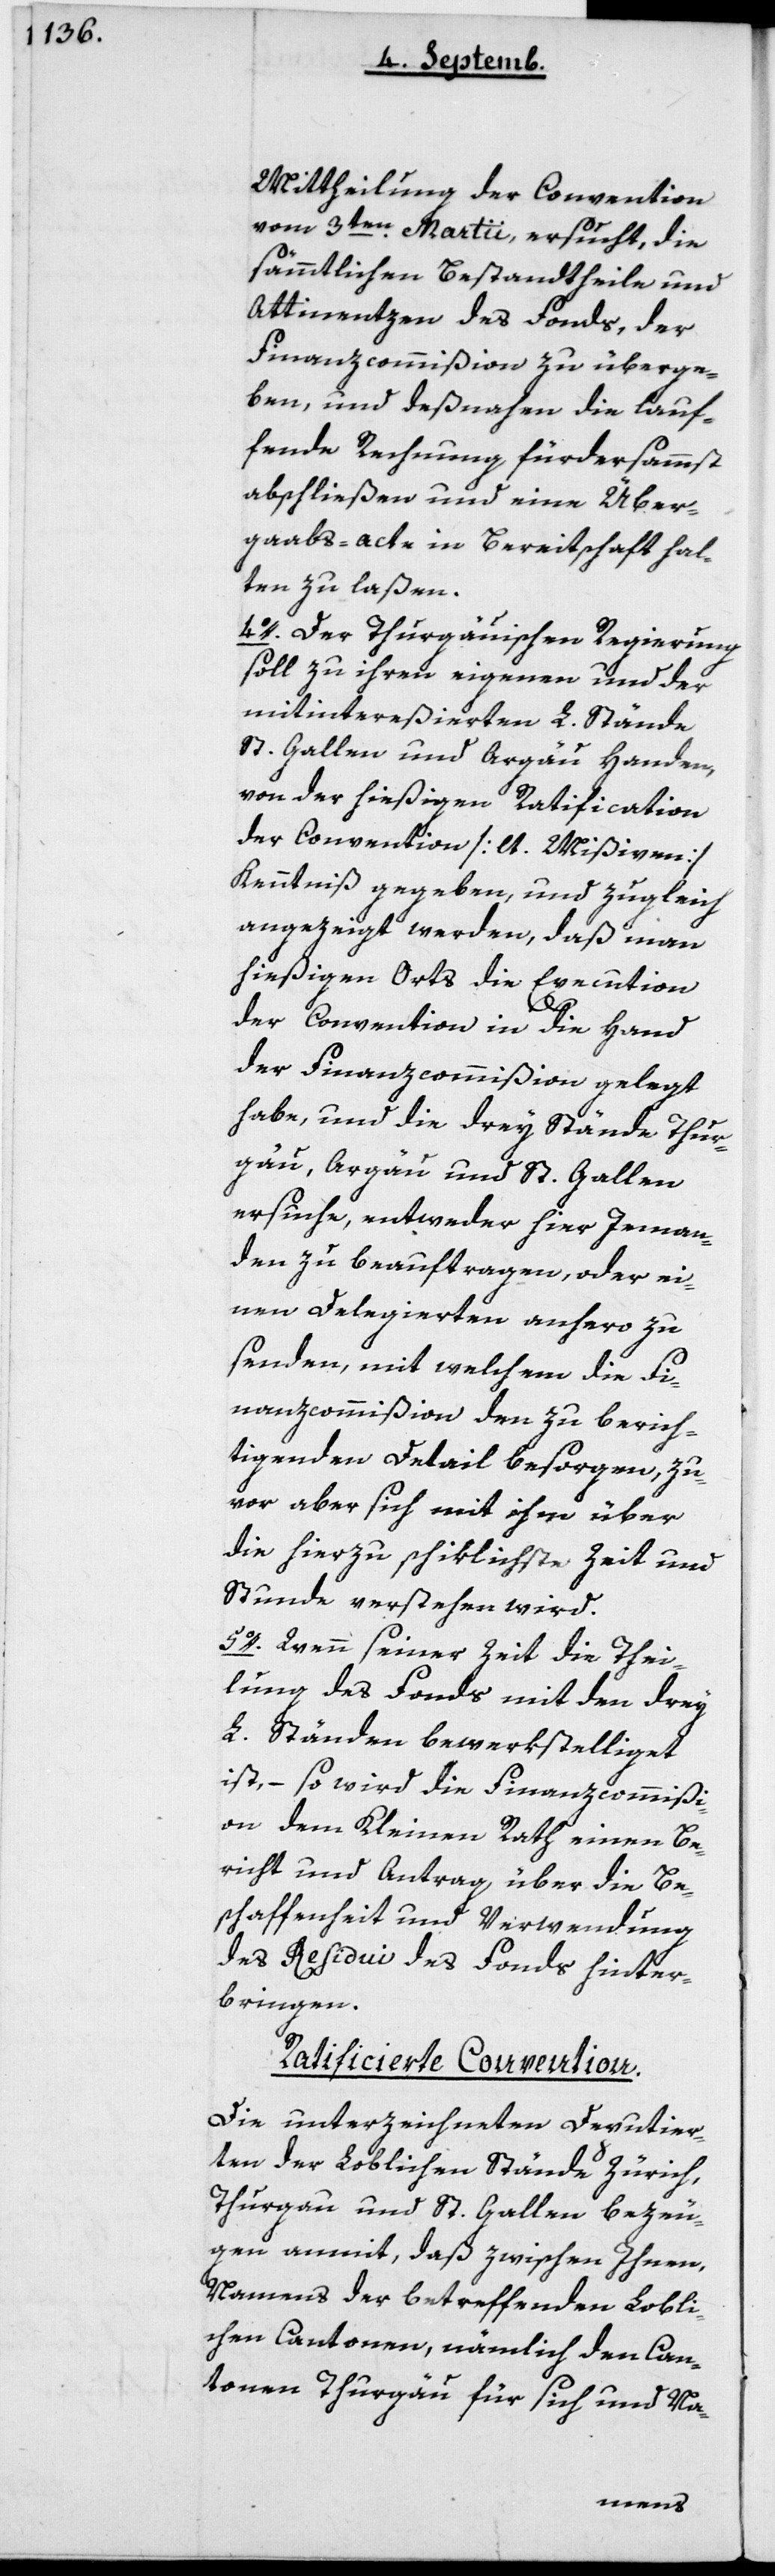
Mittheilung der Convention
vom 3ten Martii ersucht, die
sämmtlichen Bestandtheile und
Attinenzen des Fonds, der
Finanzcommißion zu überge¬
ben, und desnahen die lauf¬
ende Rechnung fürdersammst
abschließen und eine Über¬
gabs-acte in Bereitschaft hal¬
ten zu laßen.
4o. Der Thurgauischen Regierung
soll zu ihren eigenen und der
mitintereßierten L. Stände
St. Gallen und Argau Handen,
von der hießigen Ratification
der Convention [lt. Mißiven]
Kenntniß gegeben, und zugleich
angezeigt werden, daß man
hießigen Orts die Execution
der Convention in die Hand
der Finanzcommißion gelegt
habe, und die drei Stände Thur¬
gau, Argau und St. Gallen
ersuche, entweder hier jeman¬
den zu beauftragen, oder ei¬
nen delegierten anhero zu
senden, mit welchem die Fi¬
nanzcommißion den zu berich¬
tigenden Detail besorgen, zu¬
vor aber sich mit ihm über
die hierzu schiklichste Zeit und
Stunde verstehen wird.
5o. Wenn seiner Zeit die Thei¬
lung des Fonds mit den drei
L. Ständen bewerkstelliget
ist, – so wird die Finanzcommißi¬
on dem Kleinen Rath einen Be¬
richt und Antrag über die Be¬
schaffenheit und Verwendung
des Residui des Fonds hinter¬
bringen.
Ratificierte Convention.
Die unterzeichneten Deputier¬
ten der Loblichen Stände Zürich,
Thurgau und St. Gallen bezeu¬
gen anmit, daß zwischen Ihnen,
namens der betreffenden Lobli¬
chen Cantonen, nämmlich den Can¬
tonen Thurgau für sich und na-